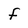
Character: f